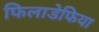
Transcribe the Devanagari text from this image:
फिलाडेफिया